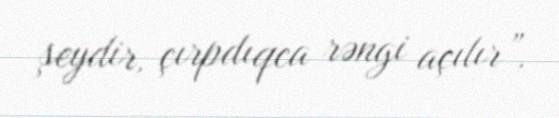
şeydir, çırpdıqca rəngi açılır”.